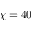
\chi = 4 0